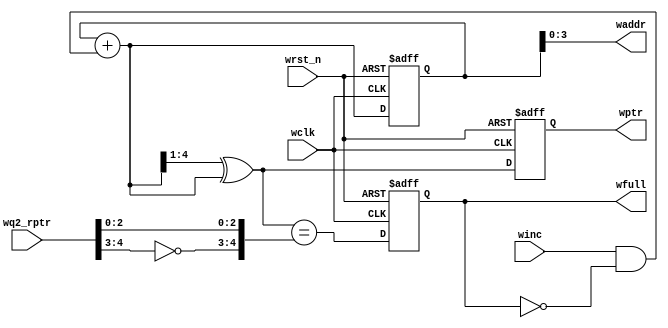
module wptr_full #(parameter ADDRSIZE = 4)
 (output reg wfull,
 output [ADDRSIZE-1:0] waddr,
 output reg [ADDRSIZE :0] wptr,
 input [ADDRSIZE :0] wq2_rptr,
 input winc, wclk, wrst_n);
 
 reg [ADDRSIZE:0] wbin;
 wire [ADDRSIZE:0] wgraynext, wbinnext;
 
 // GRAYSTYLE2 pointer
 always @(posedge wclk or negedge wrst_n)
 if (!wrst_n) {wbin, wptr} <= 0;
 else {wbin, wptr} <= {wbinnext, wgraynext};
 // Memory write-address pointer (okay to use binary to address memory)
 assign waddr = wbin[ADDRSIZE-1:0];
 assign wbinnext = wbin + (winc & ~wfull);
 assign wgraynext = (wbinnext>>1) ^ wbinnext;
 
 //------------------------------------------------------------------
 // Simplified version of the three necessary full-tests:
 // assign wfull_val=((wgnext[ADDRSIZE] !=wq2_rptr[ADDRSIZE] ) &&
 // (wgnext[ADDRSIZE-1] !=wq2_rptr[ADDRSIZE-1]) &&
 // (wgnext[ADDRSIZE-2:0]==wq2_rptr[ADDRSIZE-2:0]));
 //------------------------------------------------------------------
 
 assign wfull_val = (wgraynext=={~wq2_rptr[ADDRSIZE:ADDRSIZE-1],
 wq2_rptr[ADDRSIZE-2:0]});
 always @(posedge wclk or negedge wrst_n)
 if (!wrst_n) wfull <= 1'b0;
 else wfull <= wfull_val;
endmodule